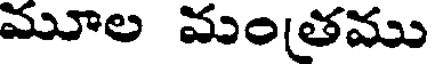
మూల మంతము